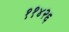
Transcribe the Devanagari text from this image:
११४२६